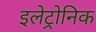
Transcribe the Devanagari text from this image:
इलेट्रोनिक